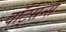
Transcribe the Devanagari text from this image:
वॉट्सन्स